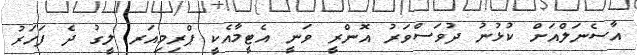
އާސެނަލްއަށް ކުޅުނު ދުވަސްވަރު އޮންރީ ވަނީ އެޓީމާއެކީ ޕްރިމިއަރ ލީގު ދެ ފަހަރު